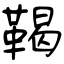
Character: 鞨